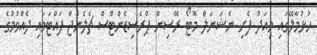
ހުޅުމާލޭގައި މިއަދު ފެށި ނެޝަނަލް މޮޓޯ ރޭސިން ޕްރެސިޑެންޓްސް ޗެލެންޖް ފައްޓަވައި ދެއްވުމުގެ